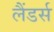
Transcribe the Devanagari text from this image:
लैंडर्स